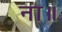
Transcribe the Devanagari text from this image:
ना॥